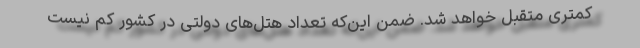
کمتری متقبل خواهد شد. ضمن این‌که تعداد هتل‌های دولتی در کشور کم نیست